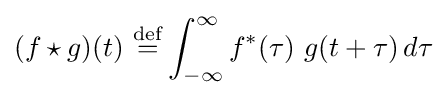
(f\star g)(t)\ {\stackrel {\mathrm {def} }{=}}\int _{-\infty }^{\infty }f^{*}(\tau )\ g(t+\tau )\,d\tau